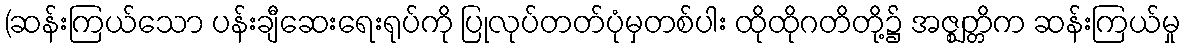
(ဆန်းကြယ်သော ပန်းချီဆေးရေးရုပ်ကို ပြုလုပ်တတ်ပုံမှတစ်ပါး ထိုထိုဂတိတို့၌ အဇ္ဈတ္တိက ဆန်းကြယ်မှု